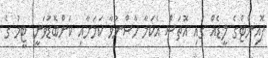
ޕޮއިންޓްގެ ލީޑެއް ގައި އޮތަސް އެކަމާ ހާސްނުވާ ކަމަށާއި ކަންބޮޑުވަނީ ޓީމު ގެ